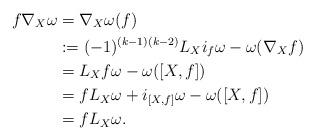
LaTeX: \begin{align*}f\nabla_X\omega&=\nabla_X\omega(f)\\&:=(-1)^{(k-1)(k-2)}L_Xi_f\omega-\omega(\nabla_Xf)\\&=L_Xf\omega-\omega([X,f])\\&=fL_X\omega+i_{[X,f]}\omega-\omega([X,f])\\&=fL_X\omega.\end{align*}